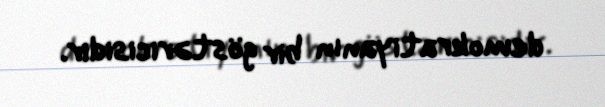
demokratiyanın bir göstəricisidir.